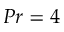
P r = 4